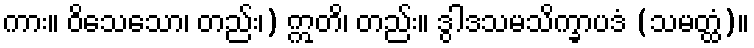
ကား။ ဝိသေသော၊ တည်း၊) ဣတိ၊ တည်း။ ဒွါဒသမသိက္ခာပဒံ (သမတ္ထံ)။